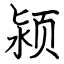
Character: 颍